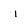
Character: i